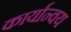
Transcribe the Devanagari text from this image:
कार्यान्वय